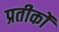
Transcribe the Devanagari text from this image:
प्रतीकोंं